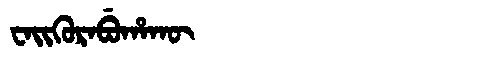
Manchu: ᠸᠠᡳᡴᡠᡵᠠᠪᡠᡥᠠᡴᡡ
Romanization: WAIKURABUHAKŪ